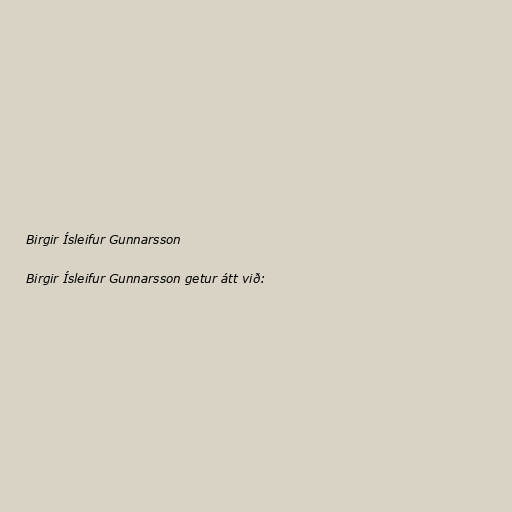
Birgir Ísleifur Gunnarsson

Birgir Ísleifur Gunnarsson getur átt við: